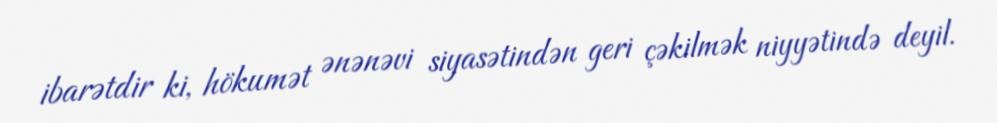
ibarətdir ki, hökumət ənənəvi siyasətindən geri çəkilmək niyyətində deyil.